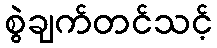
စွဲချက်တင်သင့်